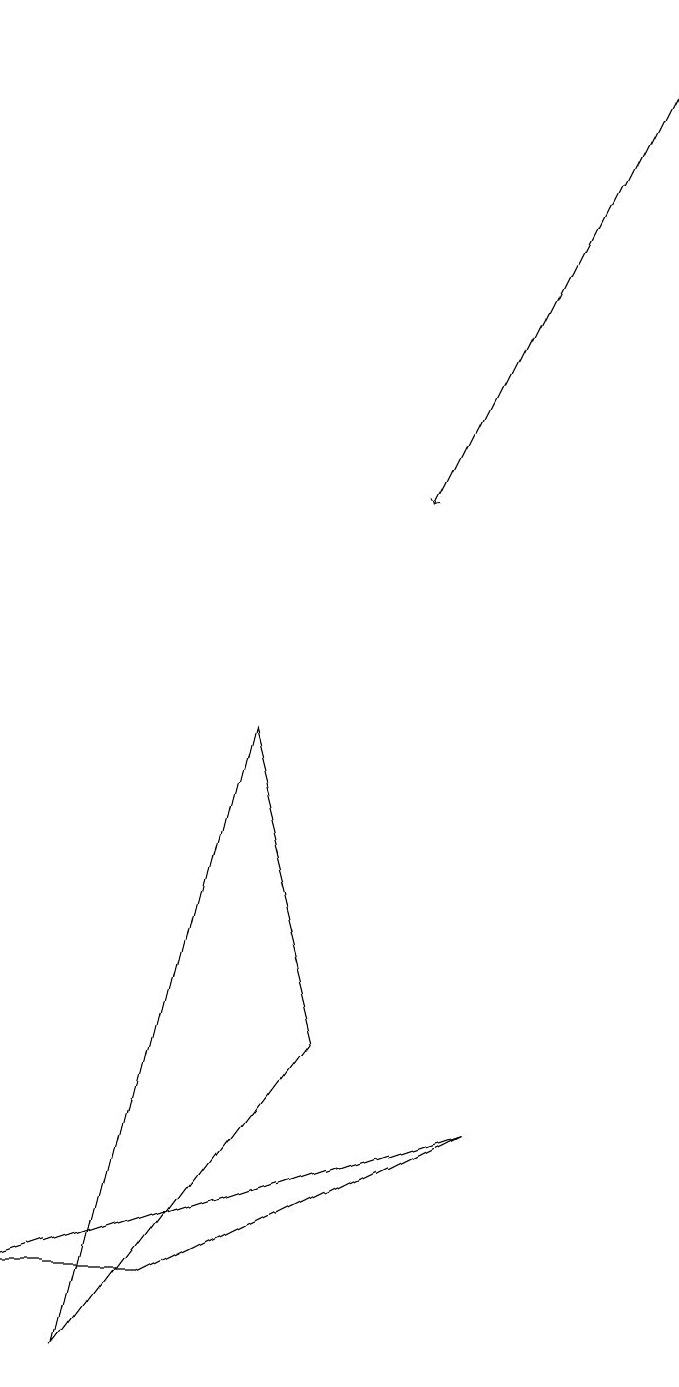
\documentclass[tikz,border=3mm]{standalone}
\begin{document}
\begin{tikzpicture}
\draw (2,1) -- (0,1) -- (6,3) -- cycle;
\draw[->] (8,17) -- (5,11);
\draw (4,4) -- (3,8) -- (1,0) -- cycle;
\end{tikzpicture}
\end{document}